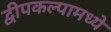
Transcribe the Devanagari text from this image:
द्वीपकल्पामध्ये